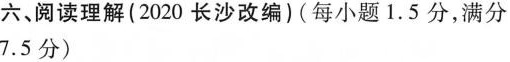
六、阅读理解(2020 长沙改编)(每小题 1.5 分,满分 7.5 分)